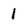
Character: 1